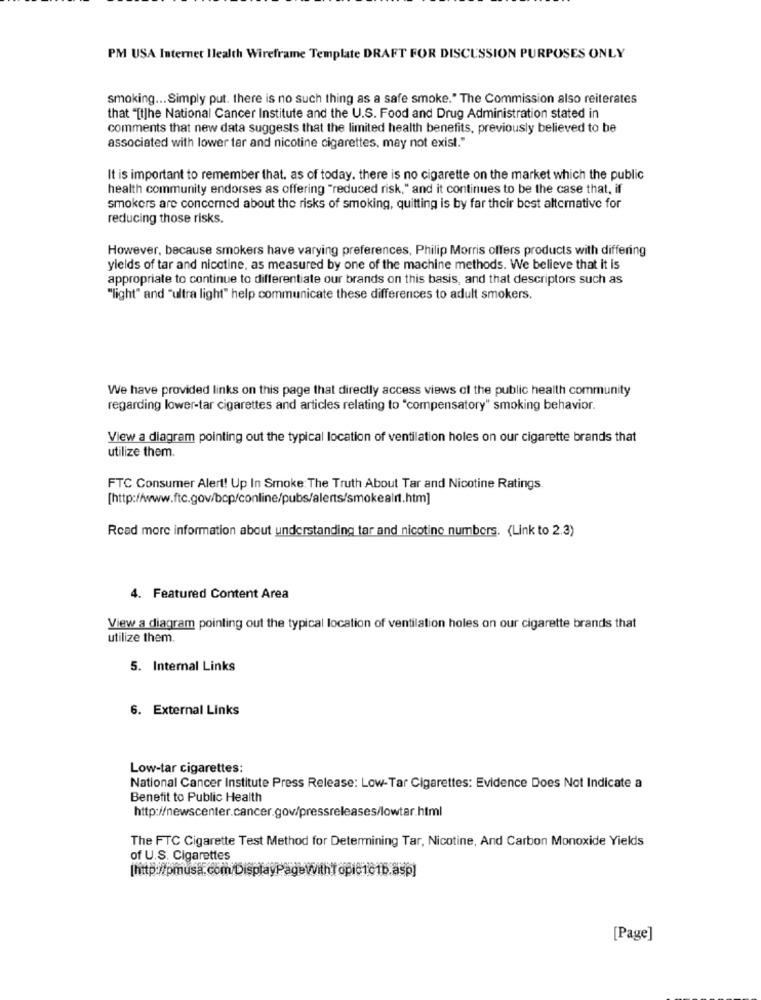
PM USA Internet Ilealth Wireframe Template DRAFT FOR DISCUSSION PURPOSES ONLY
smoking ... Simply put. there is no such thing as a safe smoke." The Commission also reiterates
that "[t]he National Cancer Institute and the U.S. Food and Drug Administration stated in
comments that new data suggests that the limited health benefits, previously believed to be
associated with lower tar and nicotine cigarettes, may not exist."
It is important to remember that. as of today. there is no cigarette on the market which the public
health community endorses as offering "reduced risk," and it continues to be the case that, if
smokers are concerned about the risks of smoking, quitting is by far their best alternative for
reducing those risks.
However, because smokers have varying preferences, Philip Morris offers products with differing
yields of tar and nicotine, as measured by one of the machine methods. We believe that it is
appropriate to continue to differentiate our brands on this basis, and that descriptors such as
"light" and "ultra light" help communicate these differences to adult smokers.
We have provided links on this page that directly access views of the public health community
regarding lower-tar cigarettes and articles relating to "compensatory" smoking behavior.
View a diagram pointing out the typical location of ventilation holes on our cigarette brands that
utilize them.
FTC Consumer Alert! Up In Smoke: The Truth About Tar and Nicotine Ratings.
[http://www.ftc.gov/bop/conline/pubs/alerts/smokealrt.htm]
Read more information about understanding tar and nicotine numbers. (Link to 2.3)
4. Featured Content Area
View a diagram pointing out the typical location of ventilation holes on our cigarette brands that
utilize them.
5. Internal Links
6. External Links
Low-tar cigarettes:
National Cancer Institute Press Release: Low-Tar Cigarettes: Evidence Does Not Indicate a
Benefit to Public Health
http://newscenter.cancer.gov/pressreleases/lowtar.html
The FTC Cigarette Test Method for Determining Tar, Nicotine, And Carbon Monoxide Yields
of U.S. Cigarettes
[Page]